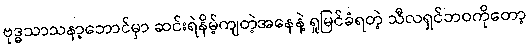
ဗုဒ္ဓသာသနာ့ဘောင်မှာ ဆင်းရဲနိမ့်ကျတဲ့အနေနဲ့ ရှုမြင်ခံရတဲ့ သီလရှင်ဘဝကိုတော့